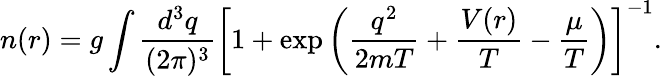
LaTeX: n(r)=g\int\frac{d^{3}q}{(2\pi)^{3}}\left[1+\exp\left(\frac{q^{2}}{2mT}+\frac{V(r)}{T}-\frac{\mu}{T}\right)\right]^{-1}.